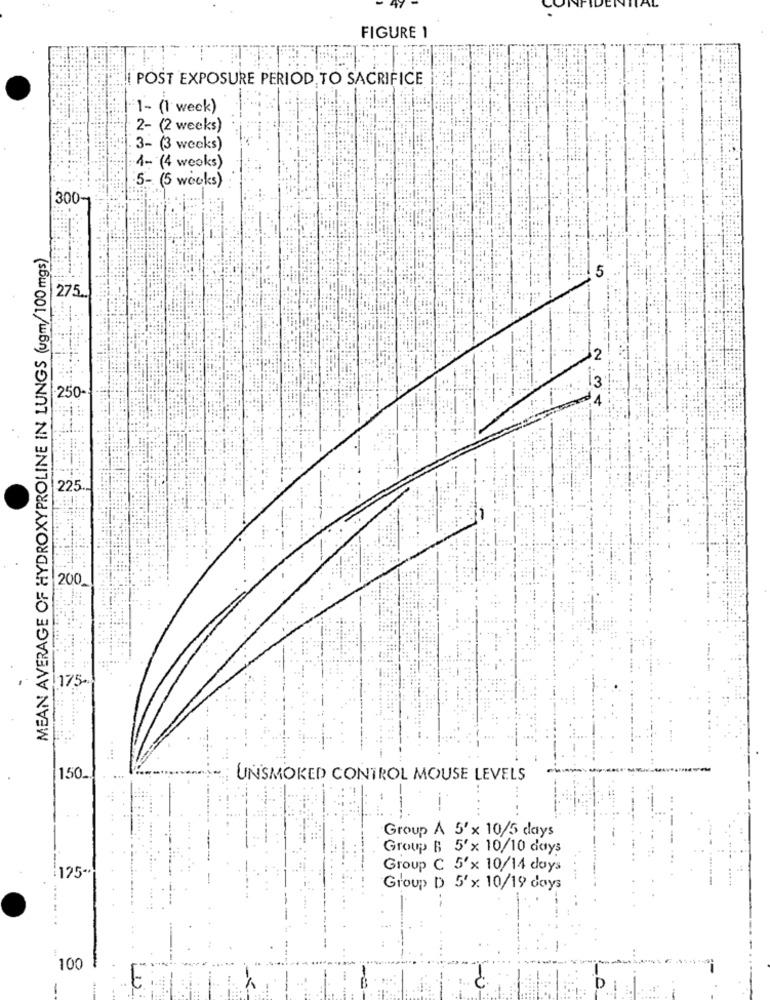
FIGURE 1
POST EXPOSURE PERIOD TO SACRIFICE
1- (1 week)
2- (2 weeks)
3- (3 weeks)
1- (4 weeks)
5- (5 works)
300-
MEAN AVERAGE OF HYDROXYPROLINE IN LUNGS (ugm/100 mgs)
5
275 ..
2
3
250-
1
225 .-
200
175+
150.
UNSMOKED CONTROL MOUSE LEVELS
Group A 5' x 10/5 days
Group B 5'x 10/10 days
125-
Group C 5'x 10/14 days
.....
Group D 5'x: 10/19 days
100
-